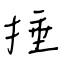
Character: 捶